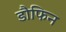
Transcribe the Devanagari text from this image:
डौफिन